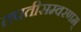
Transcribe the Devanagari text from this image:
तपतीसम्वरणम्